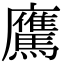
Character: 𩦵